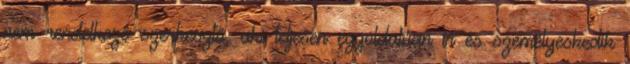
nem rendelkező szerkesztő, aki teljesen egyoldalúan ír és személyeskedik